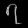
Digit: ၇